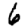
Digit: 6